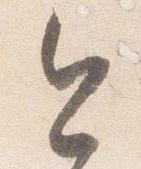
今